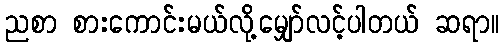
ညစာ စားကောင်းမယ်လို့မျှော်လင့်ပါတယ် ဆရာ။